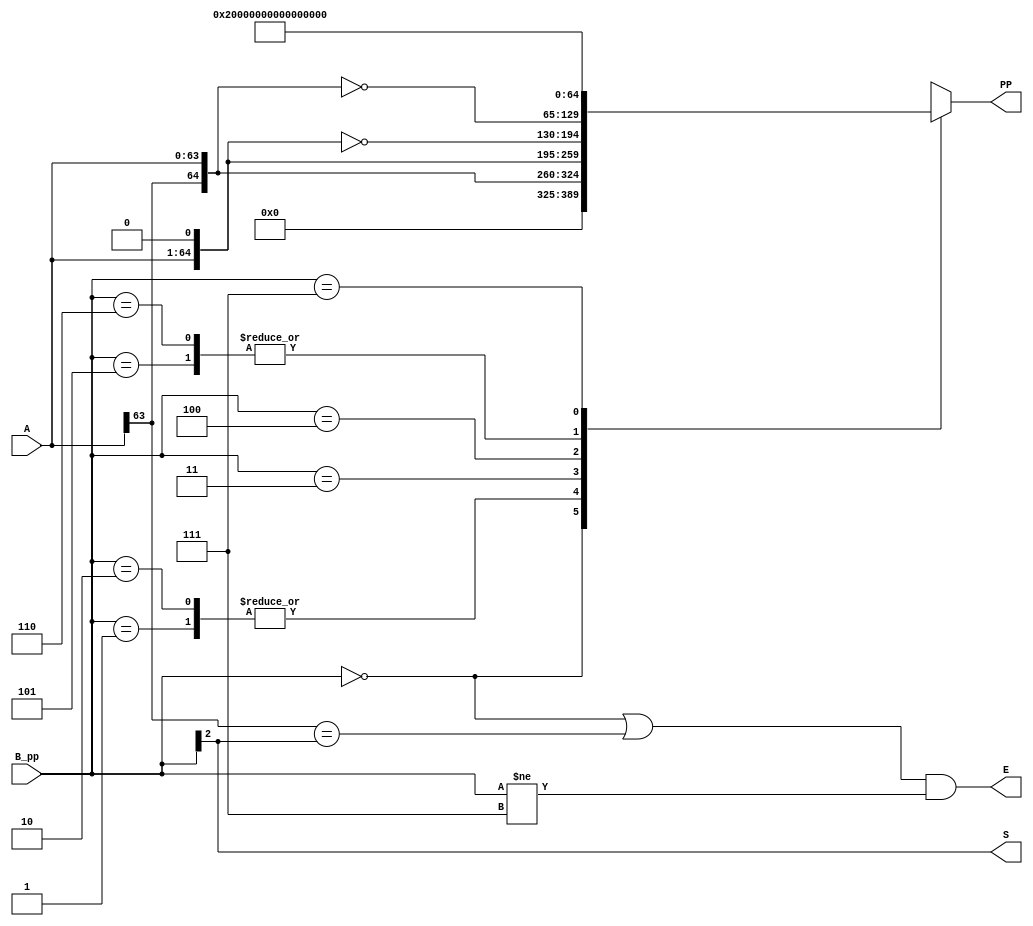
module Booth4(
    input   wire    [63:0]  A,
    input   wire    [2:0]   B_pp,
    output  reg     [64:0]  PP,
    output  wire    E,
    output  wire    S
);

    assign E = ((B_pp == 3'b000) || (A[63] == B_pp[2])) && (B_pp != 3'b111);
    assign S = B_pp[2];

    always @ (*) begin
        case (B_pp)
            3'b000: PP = 65'b0;
            3'b001: PP = {A[63], A};
            3'b010: PP = {A[63], A};
            3'b011: PP = {A, 1'b0};
            3'b100: PP = ~{A, 1'b0};
            3'b101: PP = ~{A[63], A};
            3'b110: PP = ~{A[63], A};
            3'b111: PP = ~65'b0;
        endcase
    end

endmodule